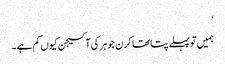
‘
ہمیں تو پہلے پتا تھا کرن جوہر کی آکسیجن کیوں کم ہے۔